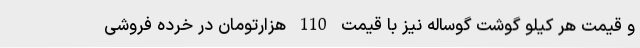
و قیمت هر کیلو گوشت گوساله نیز با قیمت 110 هزارتومان در خرده فروشی